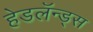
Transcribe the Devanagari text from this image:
हेडलॅन्ड्‌स